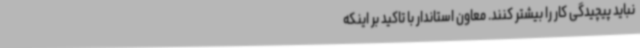
نباید پیچیدگی کار را بیشتر کنند. معاون استاندار با تاکید بر اینکه